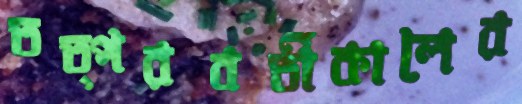
তত্পরবর্তীকালের